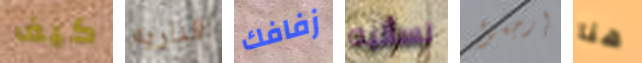
كيف الناريه زفافك تسأليه إرجعوا هنا